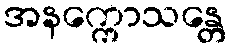
အနက္ကောသန္တေ